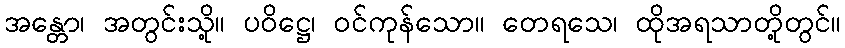
အန္တော၊ အတွင်းသို့။ ပဝိဋ္ဌေ၊ ဝင်ကုန်သော။ တေရသေ၊ ထိုအရသာတို့တွင်။